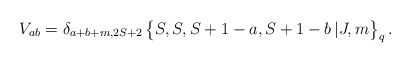
\begin{align*} V_{ab} = \delta_{a+b+m,2S+2} \, \bigl\{ S , S , S+1 -a , S+1-b \,| J,m \bigr\}_q \,.\end{align*}